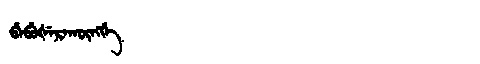
Manchu: ᠪᡝᠪᡠᡧᡝᡵᠠᡴᡡᠩᡤᡝ
Romanization: BEBUŠERAKŪNGGE